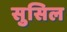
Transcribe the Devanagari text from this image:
सुसिल